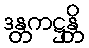
ဒန္တကဋ္ဌန္တိ